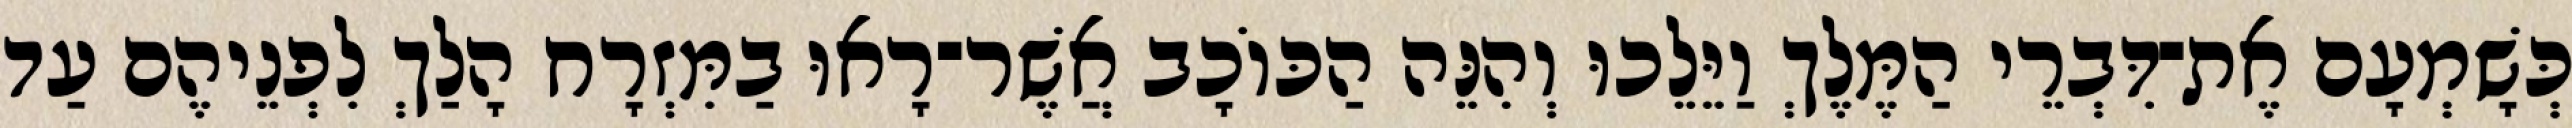
כְּשָׁמְעָם אֶת־דִּבְרֵי הַמֶּלֶךְ וַיֵּלֵכוּ וְהִנֵּה הַכּוֹכָב אֲשֶׁר־רָאוּ בַמִּזְרָח הָלַךְ לִפְנֵיהֶם עַד